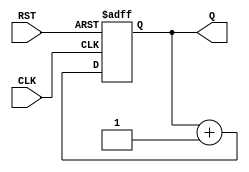
module async_reset_sync_counter #(
    parameter N = 4  // Parameter to define the width of the counter (default is 4 bits)
)(
    input wire CLK,     // Clock input
    input wire RST,     // Asynchronous reset input
    output reg [N-1:0] Q // Output counter value
);

// Always block for asynchronous reset and synchronous counting
always @(posedge CLK or posedge RST) begin
    if (RST) begin
        Q <= 0; // Reset the counter to 0 when RST is asserted
    end else begin
        Q <= Q + 1; // Increment the counter on the rising edge of CLK
    end
end

endmodule